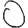
Digit: 0